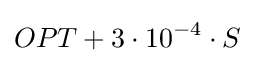
OPT+3\cdot 10^{-4}\cdot S